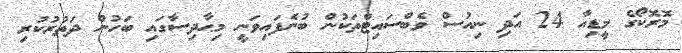
މޮރޮކޯގެ މީޑިއާ 24 އަދި ނިއުސް ވެބްސައިޓްތަކުން ބުނެފައިވަނީ މިޙާދިސާގައި ބަހުން ދަތުރުކުރި